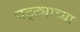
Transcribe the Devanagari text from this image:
चट्ट्याच्या